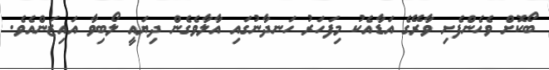
ބޯކޮށް ވެހެންފެށި ވާރޭގެ އަޑާއެކު މިފަހަރު ހަނދާނުގައި އާލާވެގެން ދިޔައީ ލޯބިވާ އައިޒަންއެވެ.